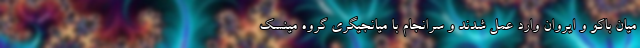
میان باکو و ایروان وارد عمل شدند و سرانجام با میانجیگری گروه مینسک